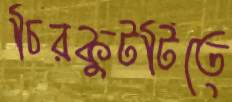
চিরকুটটিতে